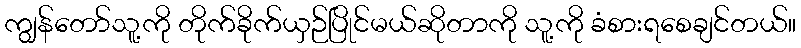
ကျွန်တော်သူ့ကို တိုက်ခိုက်ယှဉ်ပြိုင်မယ်ဆိုတာကို သူ့ကို ခံစားရစေချင်တယ်။